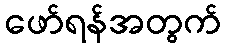
ဖော်ရန်အတွက်